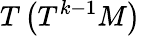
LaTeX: T\left(T^{k-1}M\right)